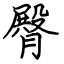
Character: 臀